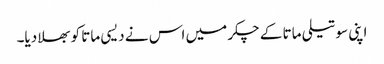
اپنی سوتیلی ماتا کے چکر میں اس نے دیسی ماتا کو بھلا دیا۔